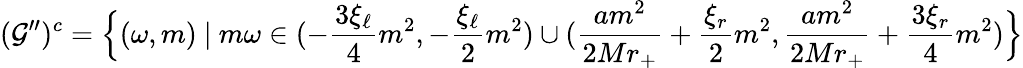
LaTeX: (\mathcal{G}^{\prime\prime})^{c}=\Big\{ (\omega,m)\ |\ m\omega\in(-\frac{3\xi_{\ell}}{4}m^{2},-\frac{\xi_{\ell}}{2}m^{2})\cup(\frac{am^{2}}{2Mr_{+}}+\frac{\xi_{r}}{2}m^{2},\frac{am^{2}}{2Mr_{+}}+\frac{3\xi_{r}}{4}m^{2})\Big\}